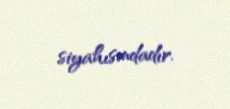
siyahısındadır.